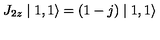
J _ { 2 z } \mid 1 , 1 \rangle = ( 1 - j ) \mid 1 , 1 \rangle